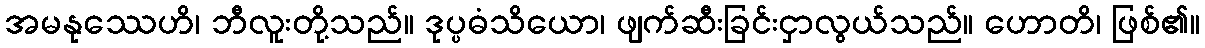
အမနုဿေဟိ၊ ဘီလူးတို့သည်။ ဒုပ္ပဓံသိယော၊ ဖျက်ဆီးခြင်းငှာလွယ်သည်။ ဟောတိ၊ ဖြစ်၏။